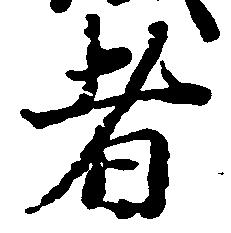
者